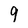
Character: 9